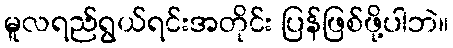
မူလရည်ရွယ်ရင်းအတိုင်း ပြန်ဖြစ်ဖို့ပါဘဲ။